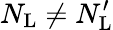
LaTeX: N_{\mathrm{L}}\neq N_{\mathrm{L}}^{\prime}